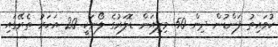
ކުވައިތު ފަންޑުން ދިން 50 މިލިއަން ޑޮލަރުގެ ލޯނަކީ 20 އަހަރު ތެރޭގައި